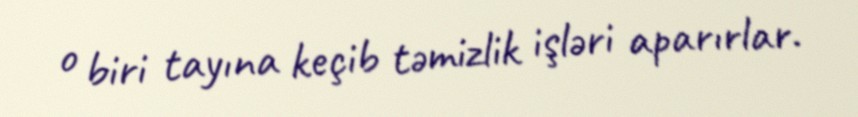
o biri tayına keçib təmizlik işləri aparırlar.